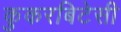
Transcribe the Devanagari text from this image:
कुकरबिटेसी